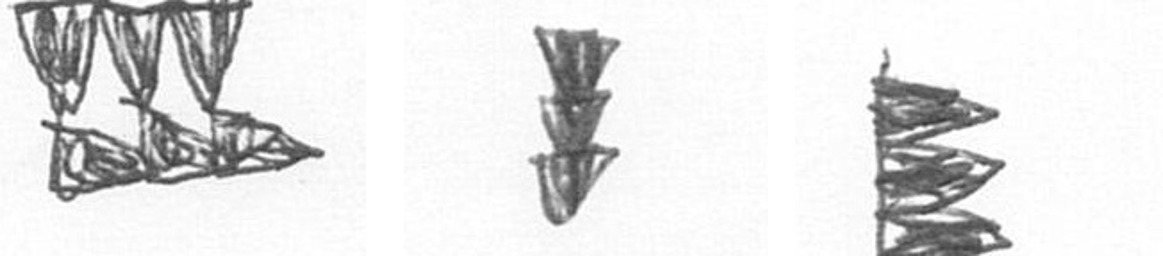
D E H